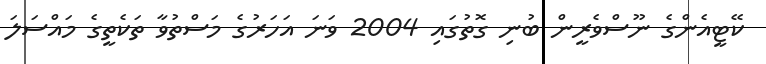
ކޭޓީއެންގެ ނޫސްވެރީން ބުނި ގޮތުގައި 2004 ވަނަ އަހަރުގެ މަސްތުވާ ތަކެތީގެ މައްސަލަ